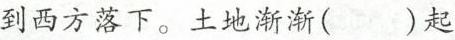
到西方落下。土地渐渐（)起